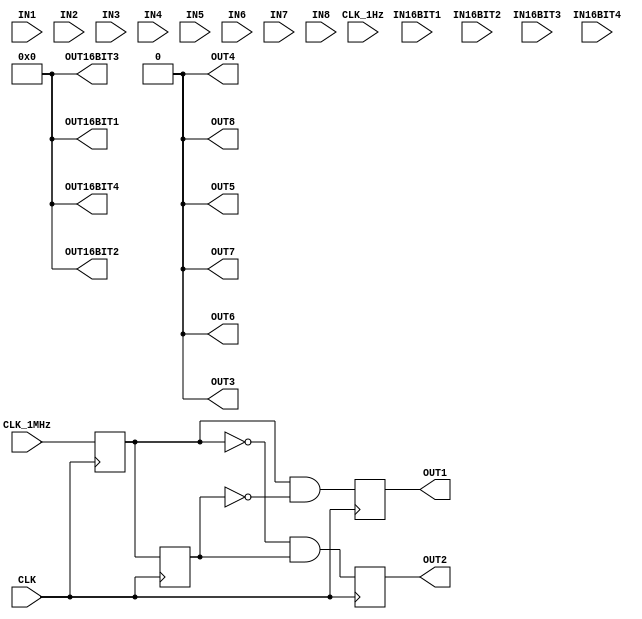
module EINFUEHRUNG(
	input CLK,
	input CLK_1MHz,
	input CLK_1Hz,
	input IN1,
	input IN2,
	input IN3,
	input IN4,
	input IN5,
	input IN6,
	input IN7,
	input IN8,
	input [15:0] IN16BIT1,
	input [15:0] IN16BIT2,
	input [15:0] IN16BIT3,
	input [15:0] IN16BIT4,	
	//
	output reg OUT1,
	output reg OUT2,
	output reg OUT3, 
	output reg OUT4,
	output reg OUT5,
	output reg OUT6,
	output reg OUT7, 
	output reg OUT8,
	output reg [15:0] OUT16BIT1,
	output reg [15:0] OUT16BIT2,
	output reg [15:0] OUT16BIT3,
	output reg [15:0] OUT16BIT4);
	//	
	wire clk_1MHz_re; 
	wire clk_1MHz_fe;
	reg hri1; 
	reg hri2;
	//
	assign clk_1MHz_re = (hri1 && !hri2);
	assign clk_1MHz_fe = (!hri1 && hri2);
	//
	initial
		begin
			OUT1 <= 0; OUT2 <= 0; OUT3 <= 0; OUT4 <= 0; OUT5 <= 0; OUT6 <= 0; OUT7 <= 0; OUT8 <= 0;
			OUT16BIT1 <= 0; OUT16BIT2 <= 0; OUT16BIT3 <= 0; OUT16BIT4 <= 0;
			//
			hri1 <= 0; hri2 <= 0;
		end
	//
	always @(posedge CLK) // 50MHz
	begin
		//
		hri1 <= CLK_1MHz;
		hri2 <= hri1;	
		//
		OUT1 <= clk_1MHz_re;		
		OUT2 <= clk_1MHz_fe;
		//
	end
endmodule